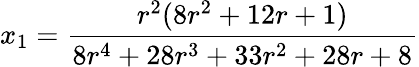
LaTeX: x_{1}=\frac{r^{2}(8r^{2}+12r+1)}{8r^{4}+28r^{3}+33r^{2}+28r+8}